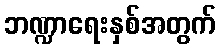
ဘဏ္ဍာရေးနှစ်အတွက်